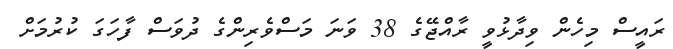
ރައީސް މިހެން ވިދާޅުވީ ރާއްޖޭގެ 38 ވަނަ މަސްވެރިންގެ ދުވަސް ފާހަގަ ކުރުމަށް